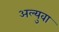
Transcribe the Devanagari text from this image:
अल्युवा